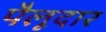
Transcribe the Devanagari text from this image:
पैलूदार